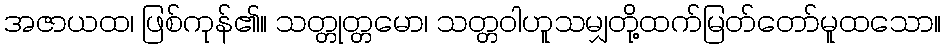
အဇာယထ၊ ဖြစ်ကုန်၏။ သတ္တုတ္တမော၊ သတ္တဝါဟူသမျှတို့ထက်မြတ်တော်မူထသော။